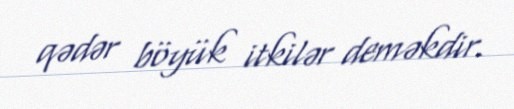
qədər böyük itkilər deməkdir.